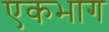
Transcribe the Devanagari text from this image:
एकभाग